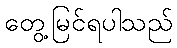
တွေ့မြင်ရပါသည်